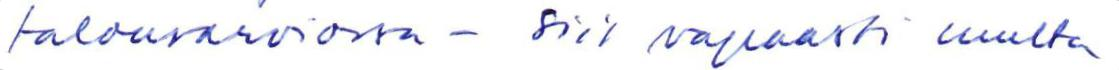
talousarviossa - siis vapaasti mutta